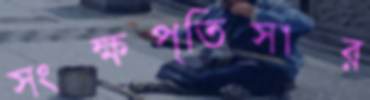
সংক্ষপ্তিসার